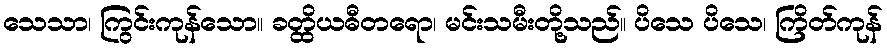
သေသာ၊ ကြွင်းကုန်သော။ ခတ္ထိယဓီတရော၊ မင်းသမီးတို့သည်။ ပိသေ ပိသေ၊ ကြိတ်ကုန်